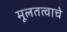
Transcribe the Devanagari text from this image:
मूलतत्वाचे